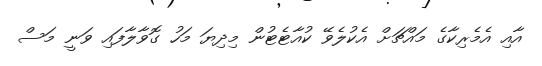
އާއި އެމެރިކާގެ މައްޗަށް އެކުލެވޭ ކުއާޓެޓުން މިދިޔަ މަހު ގޮވާލާފައި ވަނީ މަސް